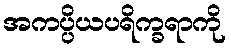
အကပ္ပိယပရိက္ခရာကို